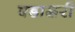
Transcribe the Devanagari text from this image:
षडाक्षरी